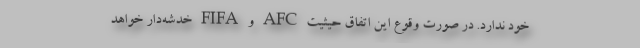
خود ندارد. در صورت وقوع این اتفاق حیثیت AFC و FIFA خدشه‌دار خواهد